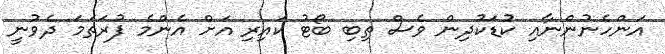
އަންހެނުންނާއި ކުޑަކުދިން ވެސް ތިބި ބޯޓު ކައިރި އަށް އެންމެ ފުރަތަމަ ދެވުނީ